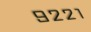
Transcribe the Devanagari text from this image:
९२२१